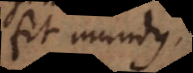
fit mundus.